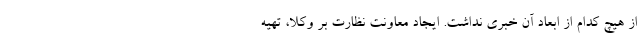
از هیچ کدام از ابعاد آن خبری نداشت. ایجاد معاونت نظارت بر وکلا، تهیه